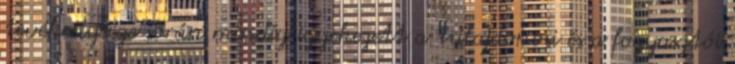
tevékenysége során mindig igyekezett a tulajdonosi és a fogyasztói